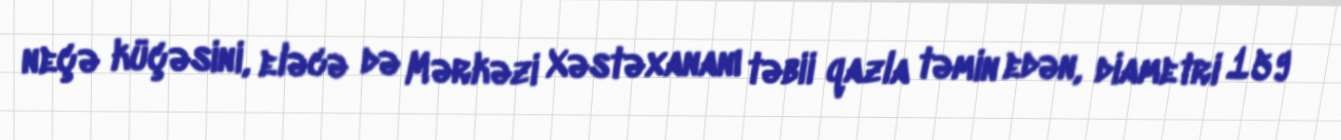
neçə küçəsini, eləcə də Mərkəzi Xəstəxananı təbii qazla təmin edən, diametri 159